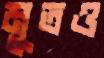
মুতও